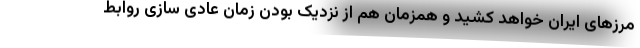
مرزهای ایران خواهد کشید و همزمان هم از نزدیک بودن زمان عادی سازی روابط